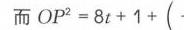
而 \(OP^{2}=8t + 1+(\)